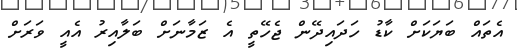
އެތައް ބަޔަަކަށް ކާޑު ހަދައިދޭން ޖެހޭތީ އެ ޒަމާނަށް ބަލާއިރު އެއީ ވަރަށް